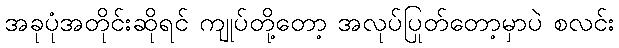
အခုပုံအတိုင်းဆိုရင် ကျုပ်တို့တော့ အလုပ်ပြုတ်တော့မှာပဲ စလင်း